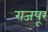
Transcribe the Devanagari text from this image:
राजपूर